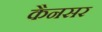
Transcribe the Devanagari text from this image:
कैनसर